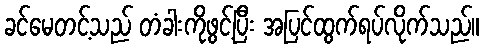
ခင်မေတင့်သည် တံခါးကိုဖွင့်ပြီး အပြင်ထွက်ရပ်လိုက်သည်။